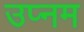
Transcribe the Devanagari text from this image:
उप्नम